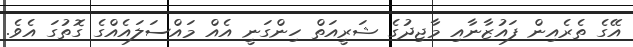
އޭގެ ތެރެއިން ފައުޒާނާއި މާޖިދުގެ ޝަރީއަތް ހިންގަނީ އެއް މައްސަލައެއްގެ ގޮތުގަ އެވެ.